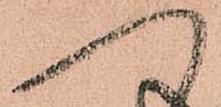
へ